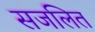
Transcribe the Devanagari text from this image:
सजलित